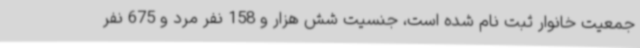
جمعیت خانوار ثبت نام شده است، جنسیت شش هزار و 158 نفر مرد و 675 نفر